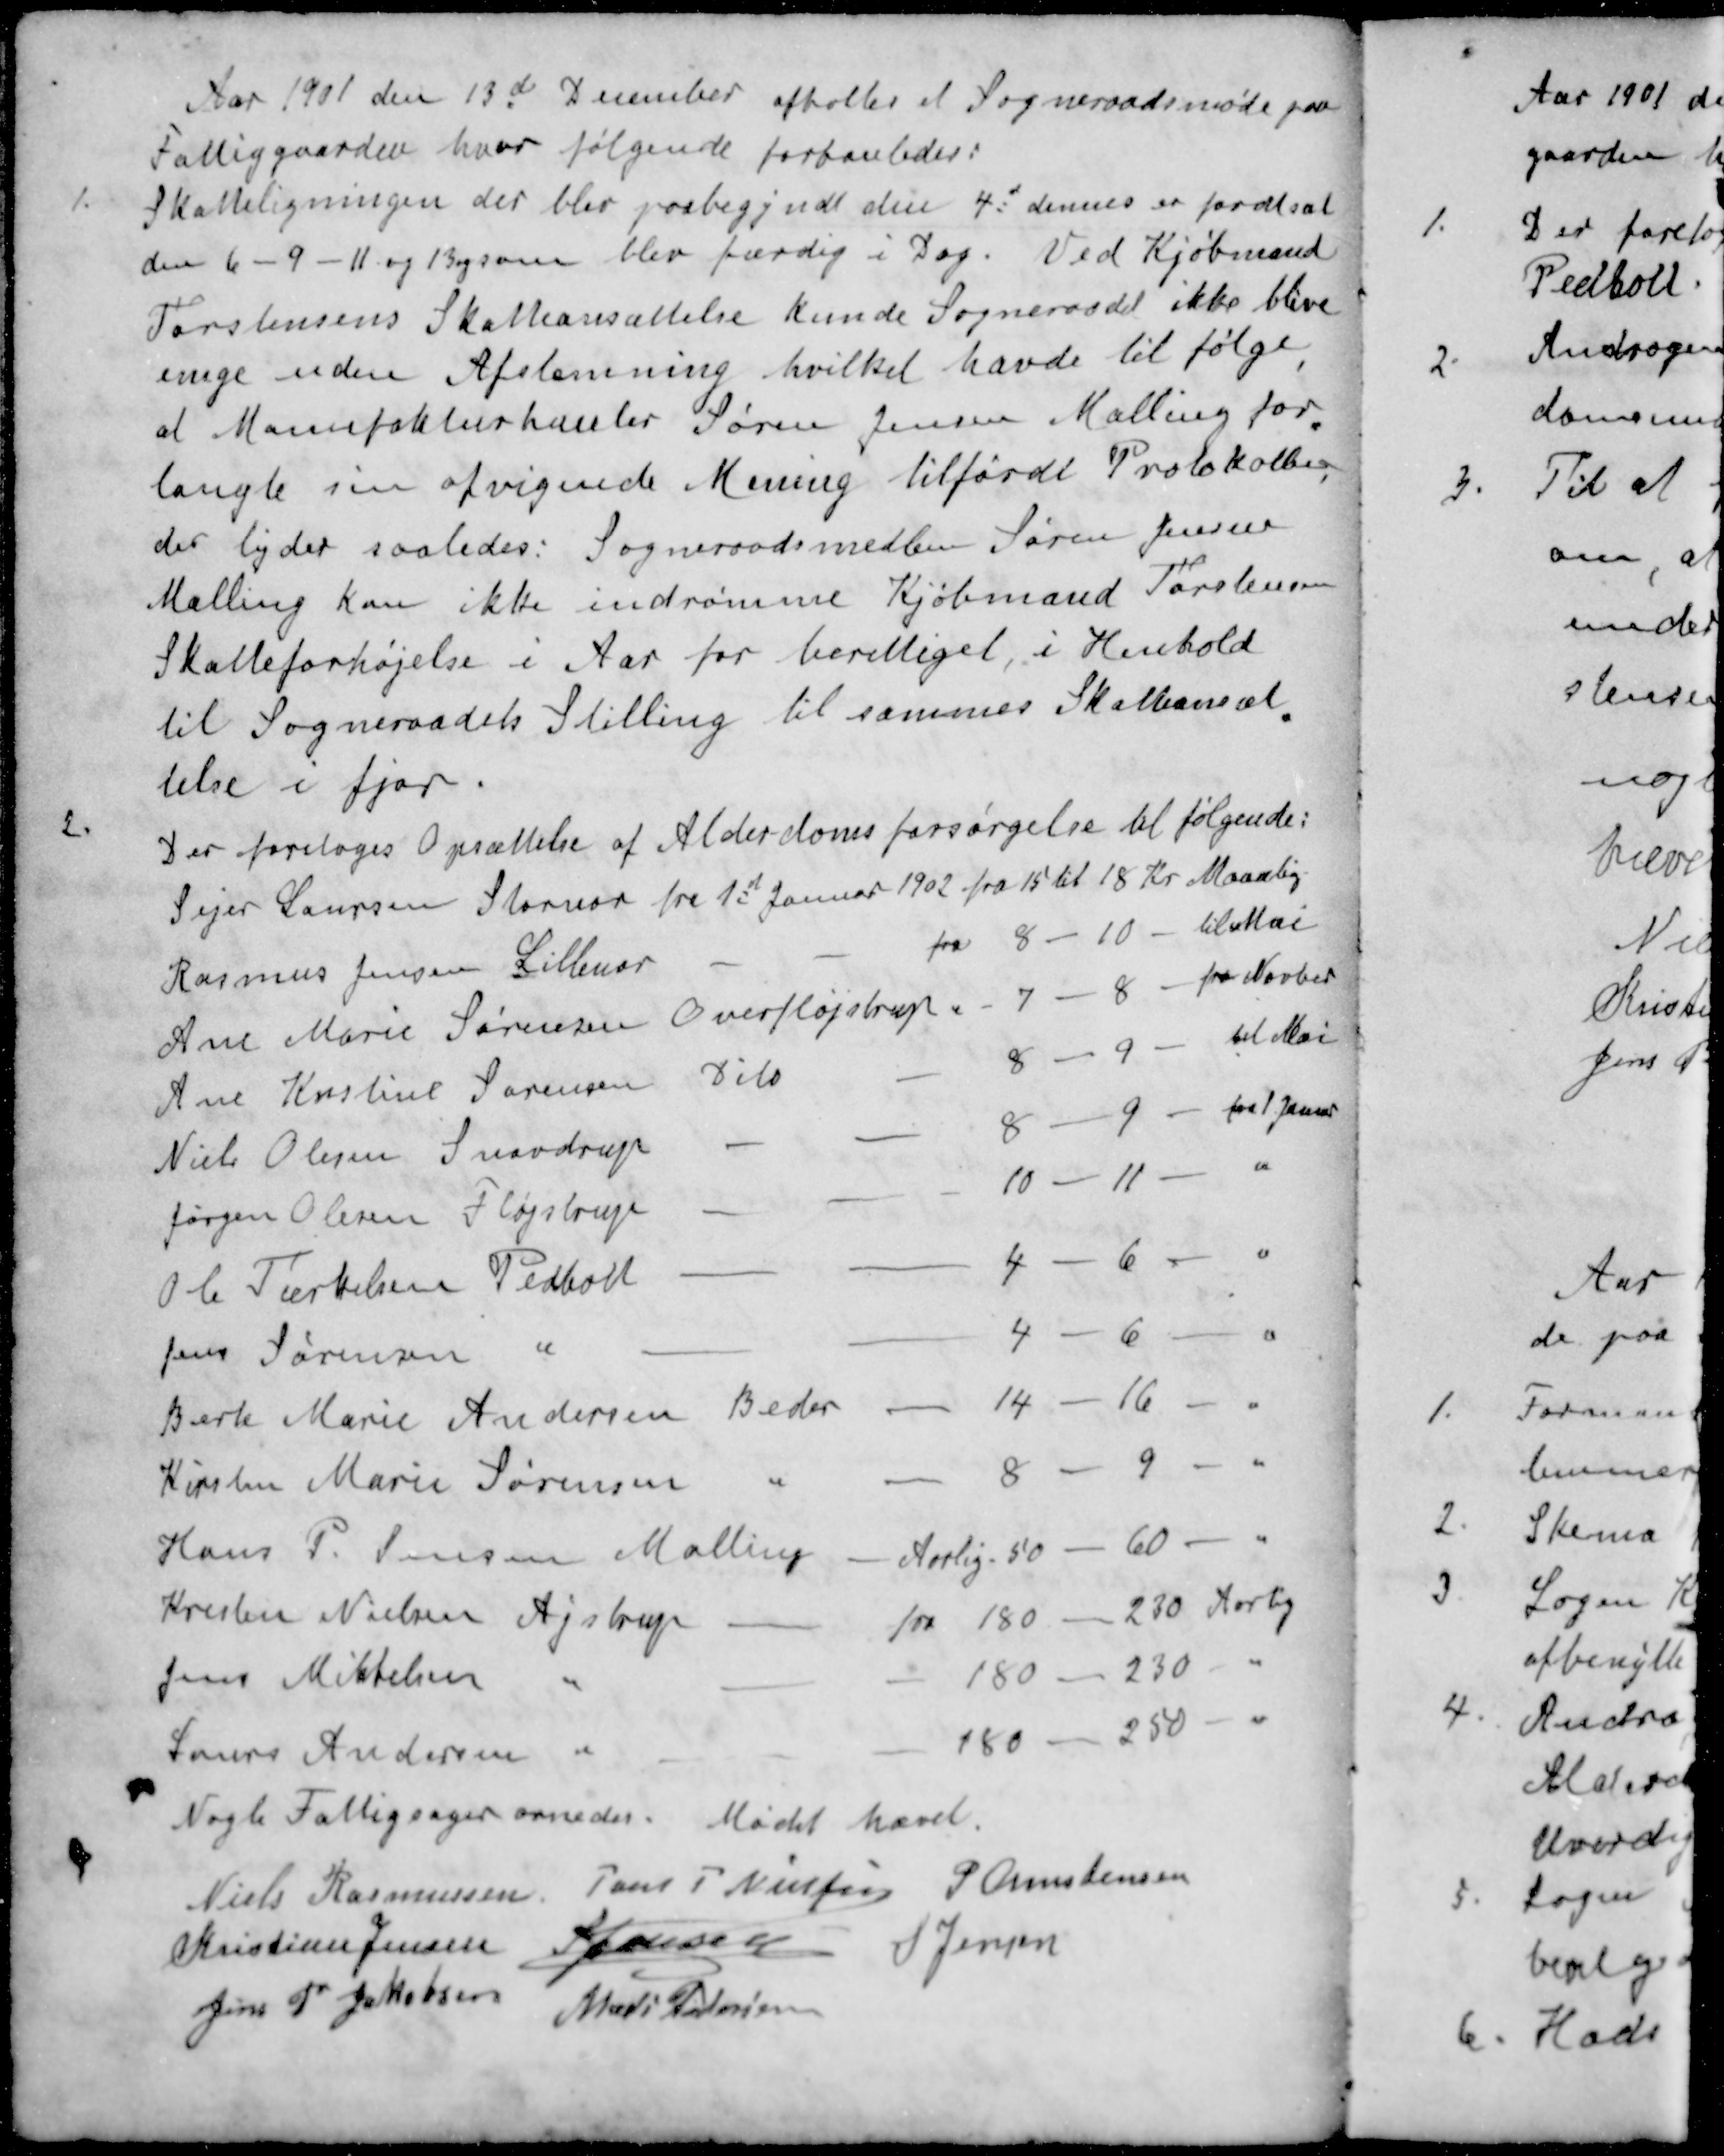
Transskription:
Aar 1901 den 13d December afholtes et Sogneraadsmøde paa
Fattiggaarden, hvor følgende forhanledes:
1. Skatteligningen der blev paabegyndt den 4d dennes er fordtsat
den 6-9-11 og 13 og som blev færdig i Dag. Ved Kjøbmand
Torstensens Skatteansættelse kunde Sogneraadet ikke blive
enige uden Afstemning hvilket havde til følge
at Manufakturhanler Søren Jensen Malling for
langte sin afvigende Mening tilførdt Protokollen
der lyder saaledes: Sogneraadsmedlem Søren Jensen
Malling kan ikke indrømme Kjøbmand Torstensens
Skatteforhøjelse i Aar for berettiget, i Henhold
til Sogneraadets Stilling til sammes Skatteansæt-
telse i fjor.
2. Der foretoges Opsættelse af Alderdomsforsørgelse til følgende:
Sejer Laursen Stornor fra 1d Januar 1902 fra 15 til 18 Kr Maanlig
Rasmus Jensen Lillenor
fra 8 - 10 - til Mai
Ane Marie Sørensen Overfløjstrup
7 - 8 - fra Novber
Ane Kristine Sørensen Dito
8 - 9 - til Mai
Niels Olesen Snovdrup
8 - 9 - fra 1 Januar
Jørgen Olesen Fløjstrup
10-11 "
C Terkelsen Pedholt
4 - 6 - "
Jens Sørensen "
4 - 6 - "
Birte Marie Andersen Beder
14 - 16 - "
Kirsten Marie Sørensen "
8 - 9 - "
Hans P. Jensen Malling
Aarlig 50 - 60 - "
Kresten Nielsen Ajstrup
fra 180 - 230 Aarlig
Jens Mikkelsen "
180 - 230 - "
Laurs Andersen "
180 - 250 - "
Nogle Fattigsager ornedes Mødet hævet.
Niels Rasmussen
Jens P Nielsen
P Christensen
Kristian Jensen
S Jensen
S Jensen
Jens P Jakobsen
Mads Pedersen